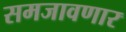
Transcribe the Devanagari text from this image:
समजावणार